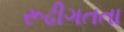
રૂઢીગતતા